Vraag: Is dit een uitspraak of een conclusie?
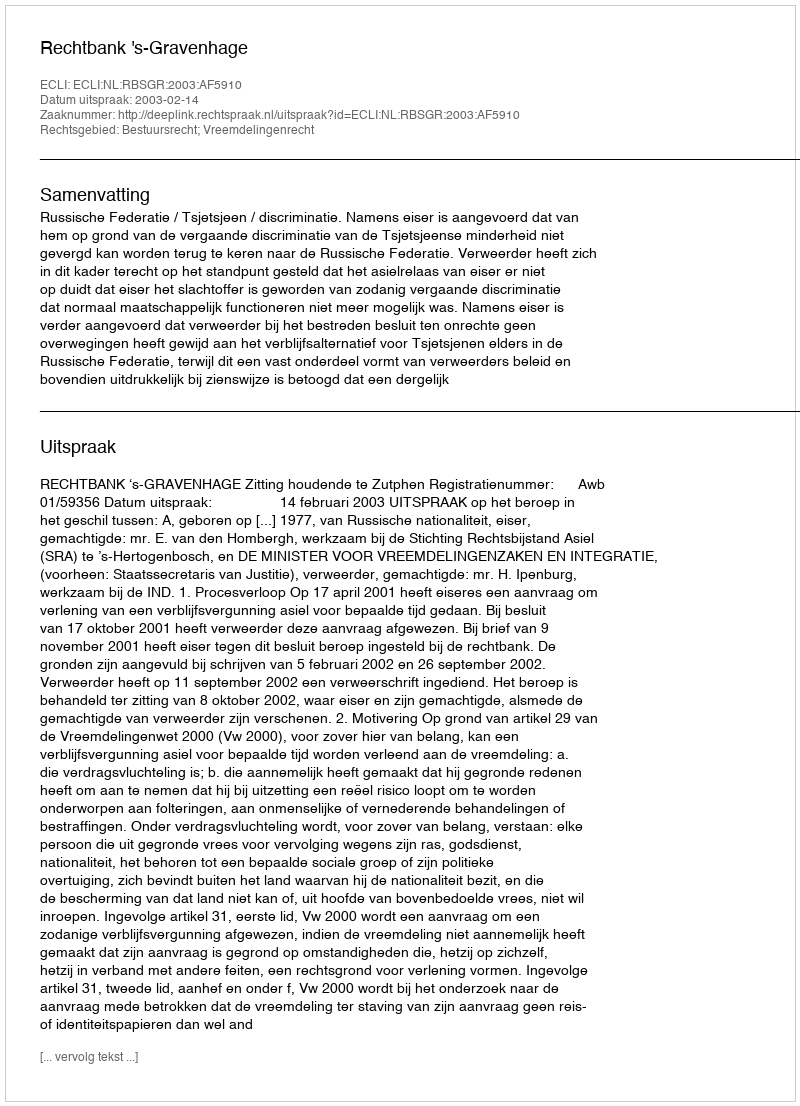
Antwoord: Uitspraak